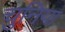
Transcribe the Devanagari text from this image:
चुनिया